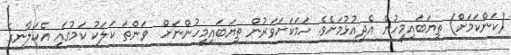
(ކަންކަމަށް) ތިޔަބައިމީހުން އެދިއުޅުމަށެވެ. ހަމަކަށަވަރުން ތިޔަބައިމީހުންނަށް  ވަންތަ ކަލަކު ކަމުގައި އެކަލާނގެ